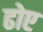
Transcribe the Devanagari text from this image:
ढोए